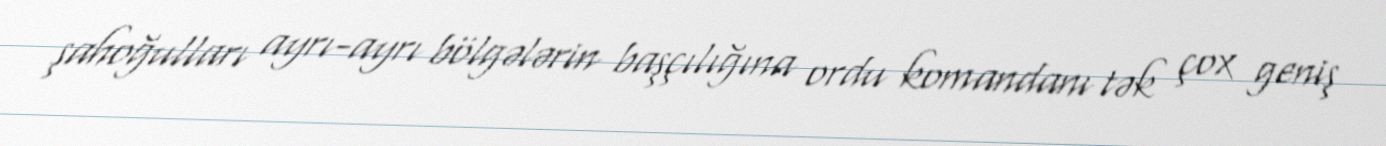
şahoğulları ayrı-ayrı bölgələrin başçılığına ordu komandanı tək çox geniş